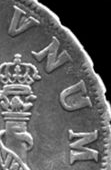
VNUM